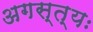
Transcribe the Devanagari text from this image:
अगस्त्यः